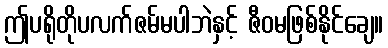
ဤပရိုတိုပလက်ဇမ်မပါဘဲနှင့် ဇီဝမဖြစ်နိုင်ချေ။